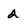
Character: 2